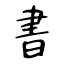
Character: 書